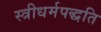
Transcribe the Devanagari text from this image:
स्त्रीधर्मपद्धति